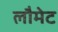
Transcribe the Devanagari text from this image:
लौमेट